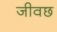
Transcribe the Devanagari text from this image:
जीवछ